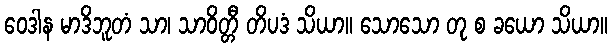
ဝေဒါန မာဒိဘူတံ သာ၊ သာဝိတ္တီ တိပဒံ သိယာ။ သောသော တု စ ခယော သိယာ။